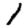
Digit: 1